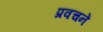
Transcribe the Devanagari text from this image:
प्रवचनें